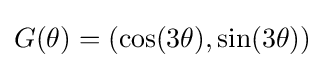
G(\theta )=(\cos(3\theta ),\sin(3\theta ))